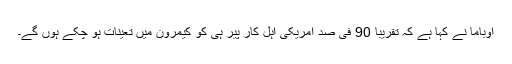
اوباما نے کہا ہے کہ تقریباً 90 فی صد امریکی اہل کار پیر ہی کو کیمرون میں تعینات ہو چکے ہوں گے۔